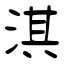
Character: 淇